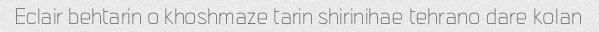
Eclair behtarin o khoshmaze tarin shirinihae tehrano dare kolan